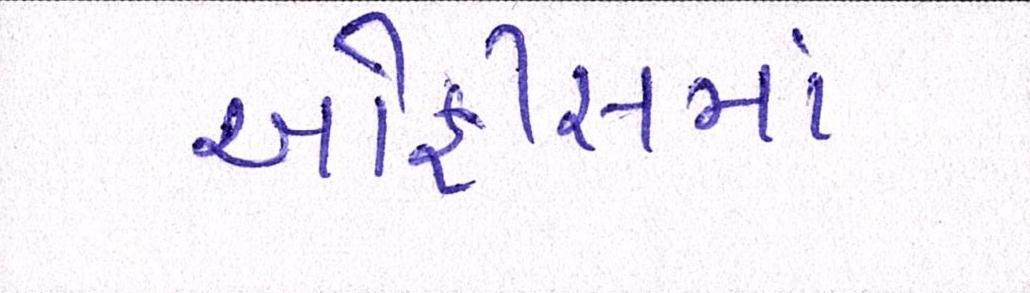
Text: ઓફીસમાં